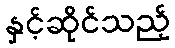
နှင့်ဆိုင်သည့်